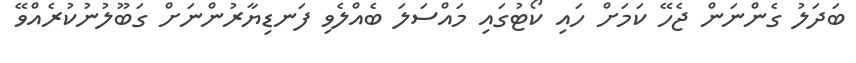
ބަދަލު ގެންނަން ޖެހޭ ކަމަށް ހައި ކޯޓުގައި މައްސަލަ ބެއްލެވި ފަނޑިޔާރުންނަށް ގަބޫލުނުކުރެއްވޭ